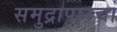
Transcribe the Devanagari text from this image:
समुद्रापारचा